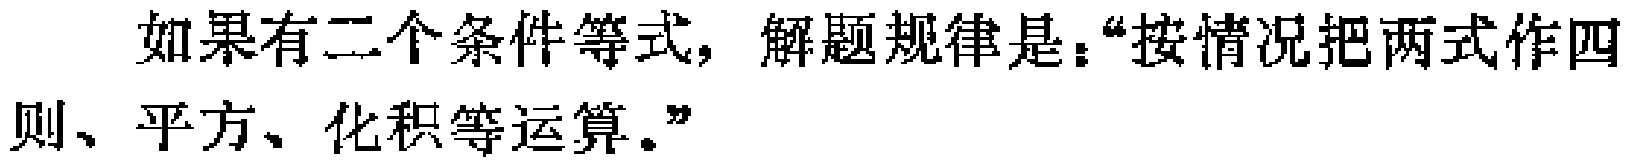
如果有二个条件等式，解题规律是：“按情况把两式作四则、平方、化积等运算。”